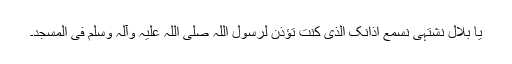
یا بلال نشتہی نسمع اذانک الذی کنت تؤذن لرسول اللہ صلی اللہ علیہ وآلہ وسلم فی المسجد۔